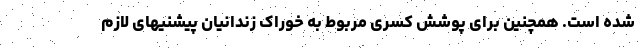
شده است. همچنین برای پوشش کسری مربوط به خوراک زندانیان پیشنیهای لازم